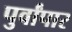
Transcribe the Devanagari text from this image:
पुर्वांपार